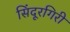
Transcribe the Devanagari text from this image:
सिंदूरगिरी